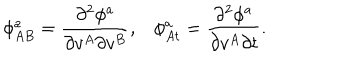
\phi _ { A B } ^ { a } = \frac { \partial ^ { 2 } \phi ^ { a } } { \partial v ^ { A } \partial v ^ { B } } , \phi _ { A t } ^ { a } = \frac { \partial ^ { 2 } \phi ^ { a } } { \partial v ^ { A } \partial t } .